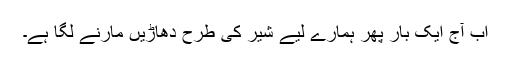
اب آج ایک بار پھر ہمارے لیے شیر کی طرح دھاڑیں مارنے لگا ہے۔